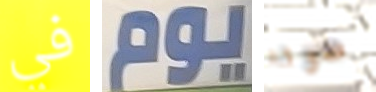
في يوم صوتا